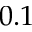
0 . 1